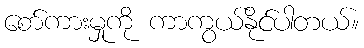
စော်ကားမှုကို ကာကွယ်နိုင်ပါတယ်။